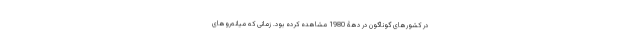
در کشورهای گوناگون در دهۀ 1980 مشاهده کرده بود. زمانی که میانه‌روهای